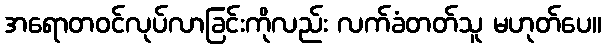
အရောတဝင်လုပ်လာခြင်းကိုလည်း လက်ခံတတ်သူ မဟုတ်ပေ။